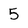
Character: 5